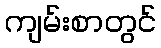
ကျမ်းစာတွင်